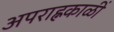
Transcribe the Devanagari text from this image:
अपराह्नकाळीं